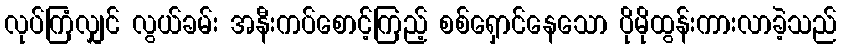
လုပ်ကြံလျှင် လွယ်ခမ်း အနီးကပ်စောင့်ကြည့် စစ်ရှောင်နေသော ပိုမိုထွန်းကားလာခဲ့သည်